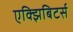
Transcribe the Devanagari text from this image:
एक्झिबिटर्स